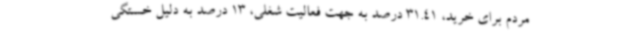
مردم برای خرید، 31.41 درصد به جهت فعالیت شغلی، 13 درصد به دلیل خستگی